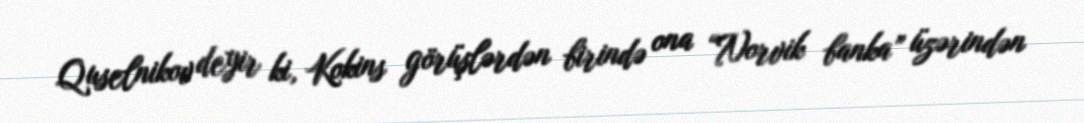
Quselnikov deyir ki, Kokins görüşlərdən birində ona “Norvik banka” üzərindən